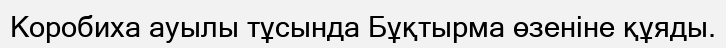
Коробиха ауылы тұсында Бұқтырма өзеніне құяды.